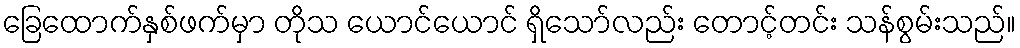
ခြေထောက်နှစ်ဖက်မှာ တိုသ ယောင်ယောင် ရှိသော်လည်း တောင့်တင်း သန်စွမ်းသည်။